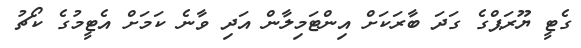
ގެޓީ ޔޫރަޕްގެ ގަދަ ބާރަކަށް އިންޓަމިލާން އަދި ވާނެ ކަމަށް އެޓީމުގެ ކޯޗު